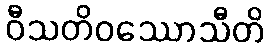
ဝီသတိဝဿောသီတိ